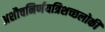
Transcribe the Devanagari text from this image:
अशौचनिर्णयत्रिशच्छलोकी